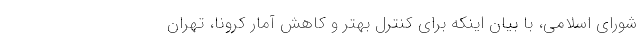
شورای اسلامی، با بیان اینکه برای کنترل بهتر و کاهش آمار کرونا، تهران